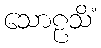
သောဠသိံ